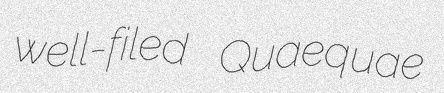
well-filed Quaequae